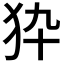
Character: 𤝊